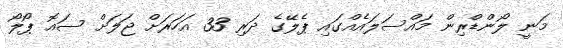
މަނީ ލޯންޑްރިން މައްސަލައެއްގައި ޕެލޭގެ ދަރި 33 އަހަރަށް ޖަލަށް ސައޮ ޕޯލޯ